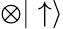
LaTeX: \otimes|\uparrow\rangle